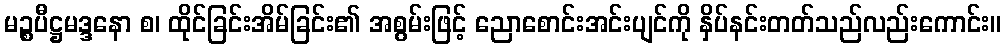
မဉ္စပီဋ္ဌမဒ္ဒနော စ၊ ထိုင်ခြင်းအိမ်ခြင်း၏ အစွမ်းဖြင့် ညောစောင်းအင်းပျင်ကို နှိပ်နင်းတတ်သည်လည်းကောင်း။